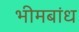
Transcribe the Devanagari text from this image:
भीमबांध